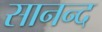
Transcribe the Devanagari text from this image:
सानन्‍द